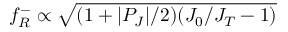
f _ { R } ^ { - } \propto \sqrt { ( 1 + | P _ { J } | / 2 ) ( J _ { 0 } / J _ { T } - 1 ) }